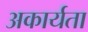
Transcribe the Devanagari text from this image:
अकार्यता